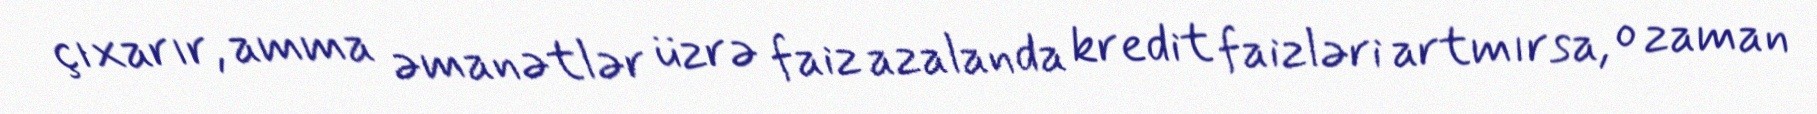
çıxarır, amma əmanətlər üzrə faiz azalanda kredit faizləri artmırsa, o zaman